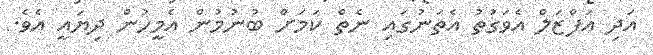
އަދި އަފްޒަލް އެވަގުތު އެތަނުގައި ނެތް ކަމަށް ބުނުމުން އެމީހުން ދިޔައީ އެވެ.